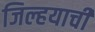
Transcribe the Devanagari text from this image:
जिल्हयाची